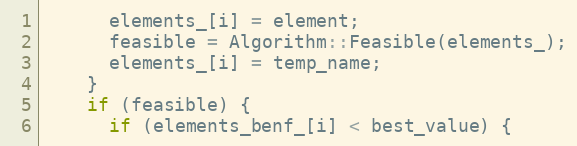
Language: C++
      elements_[i] = element;
      feasible = Algorithm::Feasible(elements_);
      elements_[i] = temp_name;
    }
    if (feasible) {
      if (elements_benf_[i] < best_value) {